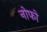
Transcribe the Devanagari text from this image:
नोफो